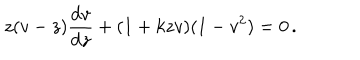
z ( v - z ) { \frac { \mathrm { d } v } { \mathrm { d } z } } + ( 1 + k z v ) ( 1 - v ^ { 2 } ) = 0 \, .